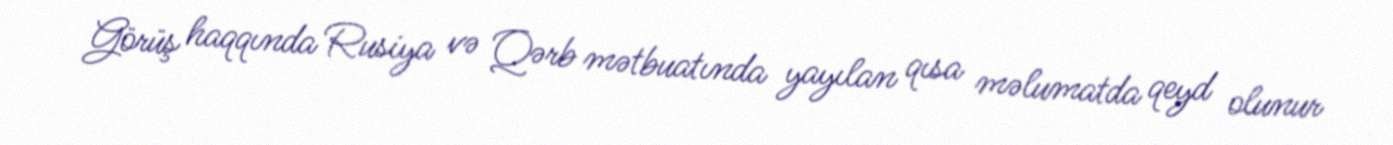
Görüş haqqında Rusiya və Qərb mətbuatında yayılan qısa məlumatda qeyd olunur